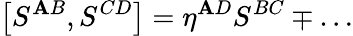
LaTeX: \left[S^{\mathbf{A}B},S^{CD}\right]=\eta^{\mathbf{A}D}S^{BC}\mp\ldots